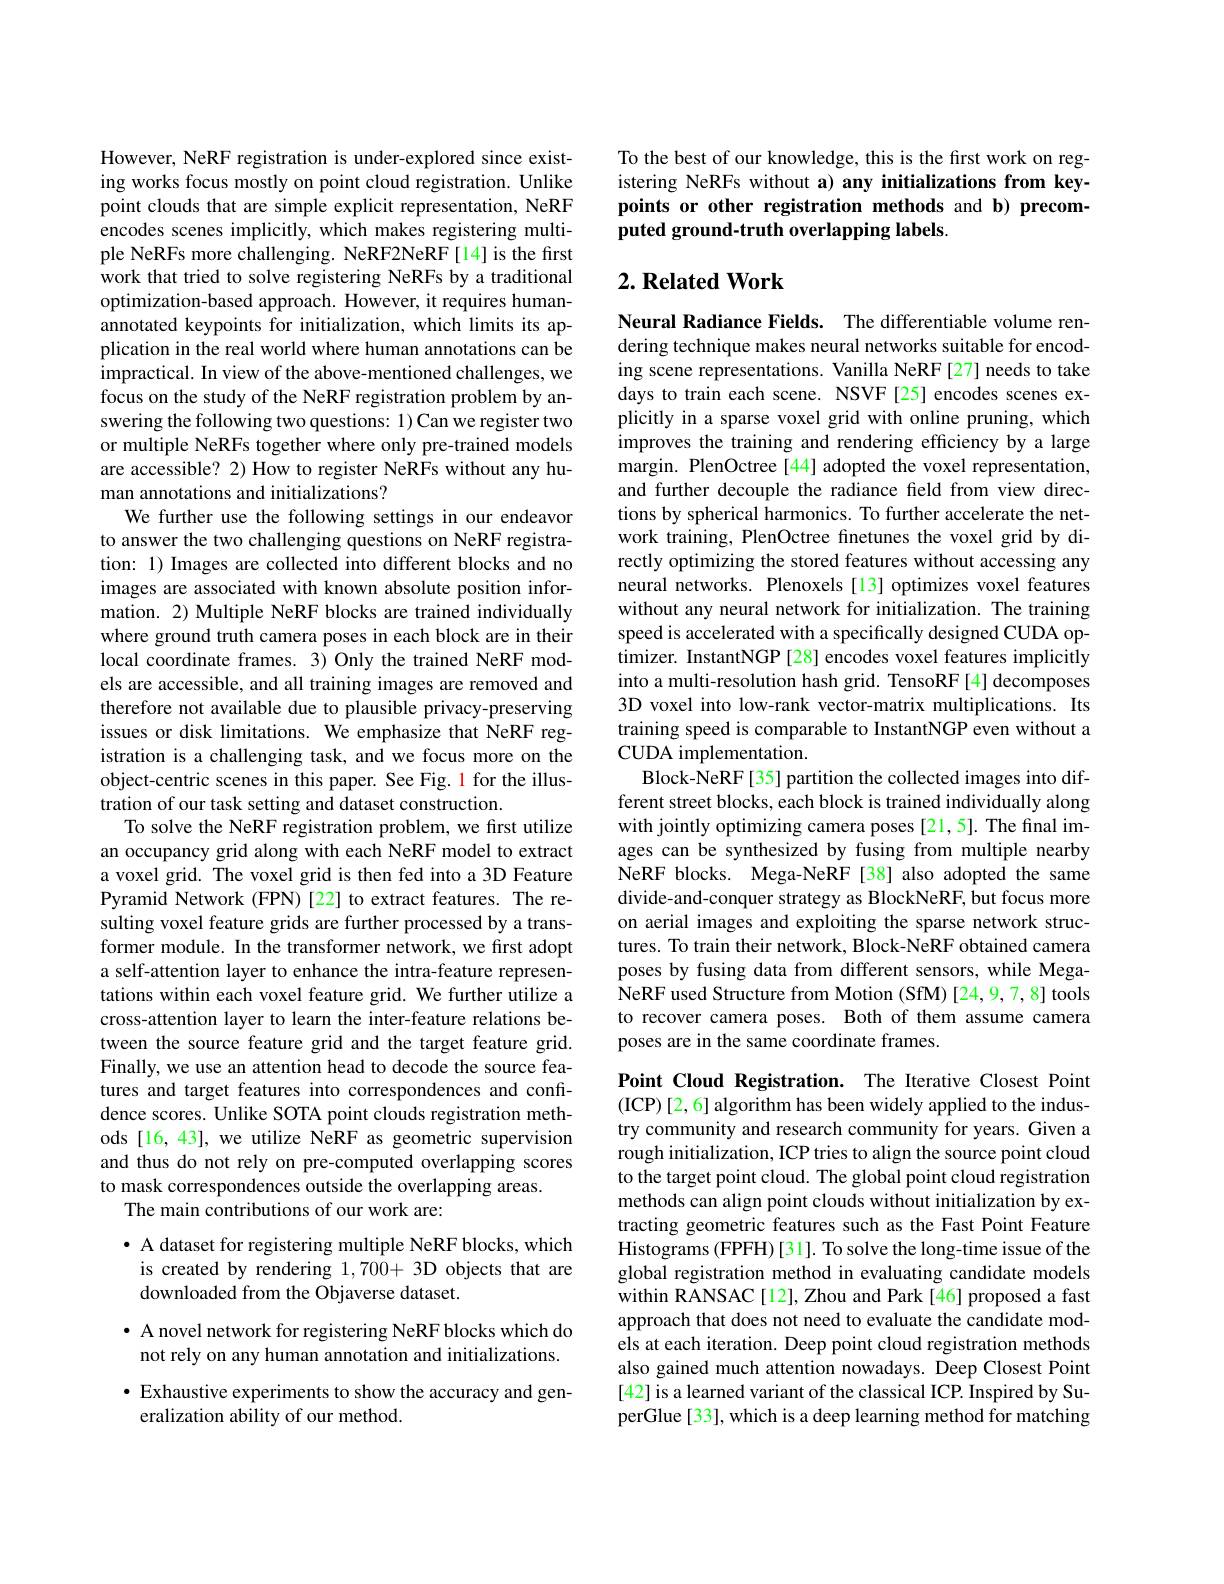
However, NeRF registration is under-explored since existing works focus mostly on point cloud registration. Unlike point clouds that are simple explicit representation, NeRF encodes scenes implicitly, which makes registering multiple NeRFs more challenging. NeRF2NeRF[14] is the first work that tried to solve registering NeRFs by a traditional optimization-based approach. However, it requires humanannotated keypoints for initialization, which limits its application in the real world where human annotations can be impractical. In view of the above-mentioned challenges, we focus on the study of the NeRF registration problem by answering the following two questions: 1) Can we register two or multiple NeRFs together where only pre-trained models are accessible? 2) How to register NeRFs without any human annotations and initializations?
We further use the following settings in our endeavor to answer the two challenging questions on NeRF registration: 1) Images are collected into different blocks and no images are associated with known absolute position information. 2) Multiple NeRF blocks are trained individually where ground truth camera poses in each block are in their local coordinate frames. 3) Only the trained NeRF models are accessible, and all training images are removed and therefore not available due to plausible privacy-preserving issues or disk limitations. We emphasize that NeRF registration is a challenging task, and we focus more on the object-centric scenes in this paper. See Fig. 1 for the illustration of our task setting and dataset construction.
To solve the NeRF registration problem, we first utilize an occupancy grid along with each NeRF model to extract a voxel grid. The voxel grid is then fed into a 3D Feature Pyramid Network (FPN)[22] to extract features. The resulting voxel feature grids are further processed by a transformer module. In the transformer network, we first adopt a self-attention layer to enhance the intra-feature representations within each voxel feature grid. We further utilize a cross-attention layer to learn the inter-feature relations between the source feature grid and the target feature grid. Finally, we use an attention head to decode the source features and target features into correspondences and confidence scores. Unlike SOTA point clouds registration methods [16, 43], we utilize NeRF as geometric supervision and thus do not rely on pre-computed overlapping scores to mask correspondences outside the overlapping areas.
The main contributions of our work are:

· A dataset for registering multiple NeRF blocks, which is created by rendering 1,700+3D objects that are downloaded from the Objaverse dataset.

· A novel network for registering NeRF blocks which do not rely on any human annotation and initializations.

$\bullet$ Exhaustive experiments to show the accuracy and gen-
eralization ability of our method.

To the best of our knowledge, this is the first work on registering NeRFs without a) any initializations from keypoints or other registration methods and b) precomputed ground-truth overlapping labels.

## $2. \textbf{Related Work}$

Neural Radiance Fields. The differentiable volume rendering technique makes neural networks suitable for encoding scene representations. Vanilla NeRF[27] needs to take days to train each scene. NSVF[25] encodes scenes explicitly in a sparse voxel grid with online pruning, which improves the training and rendering efficiency by a large margin. PlenOctree[44] adopted the voxel representation, and further decouple the radiance field from view directions by spherical harmonics. To further accelerate the network training, PlenOctree fnetunes the voxel grid by directly optimizing the stored features without accessing any neural networks. Plenoxels [13] optimizes voxel features without any neural network for initialization. The training speed is accelerated with a specifically designed CUDA optimizer. InstantNGP [28] encodes voxel features implicitly into a multi-resolution hash grid. TensoRF [4] decomposes 3D voxel into low-rank vector-matrix multiplications. Its training speed is comparable to InstantNGP even without a CUDA implementation.
Block-NeRF[35] partition the collected images into different street blocks, each block is trained individually along with jointly optimizing camera poses [21,5]. The final images can be synthesized by fusing from multiple nearby NeRF blocks. Mega-NeRF[38] also adopted the same divide-and-conquer strategy as BlockNeRF, but focus more on aerial images and exploiting the sparse network structures. To train their network, Block-NeRF obtained camera poses by fusing data from different sensors, while MegaNeRF used Structure from Motion (SfM) [24,9,7,8] tools to recover camera poses. Both of them assume camera poses are in the same coordinate frames.

Point Cloud Registration. The Iterative Closest Point (ICP)[2,6] algorithm has been widely applied to the industry community and research community for years. Given a rough initialization, ICP tries to align the source point cloud to the target point cloud. The global point cloud registration methods can align point clouds without initialization by extracting geometric features such as the Fast Point Feature Histograms (FPFH)[31]. To solve the long-time issue of the global registration method in evaluating candidate models within RANSAC[12], Zhou and Park[46] proposed a fast approach that does not need to evaluate the candidate models at each iteration. Deep point cloud registration methods also gained much attention nowadays. Deep Closest Point [42] is a learned variant of the classical ICP. Inspired by SuperGlue[33], which is a deep learning method for matching